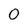
Character: 0